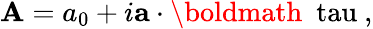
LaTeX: \mathbf{A}=a_{0}+i{\mathbf{a}}\cdot\mathrm{{\boldmath~\ tau~}},